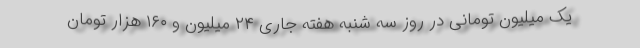
یک میلیون تومانی در روز سه شنبه هفته جاری ۲۴ میلیون و ۱۶۰ هزار تومان